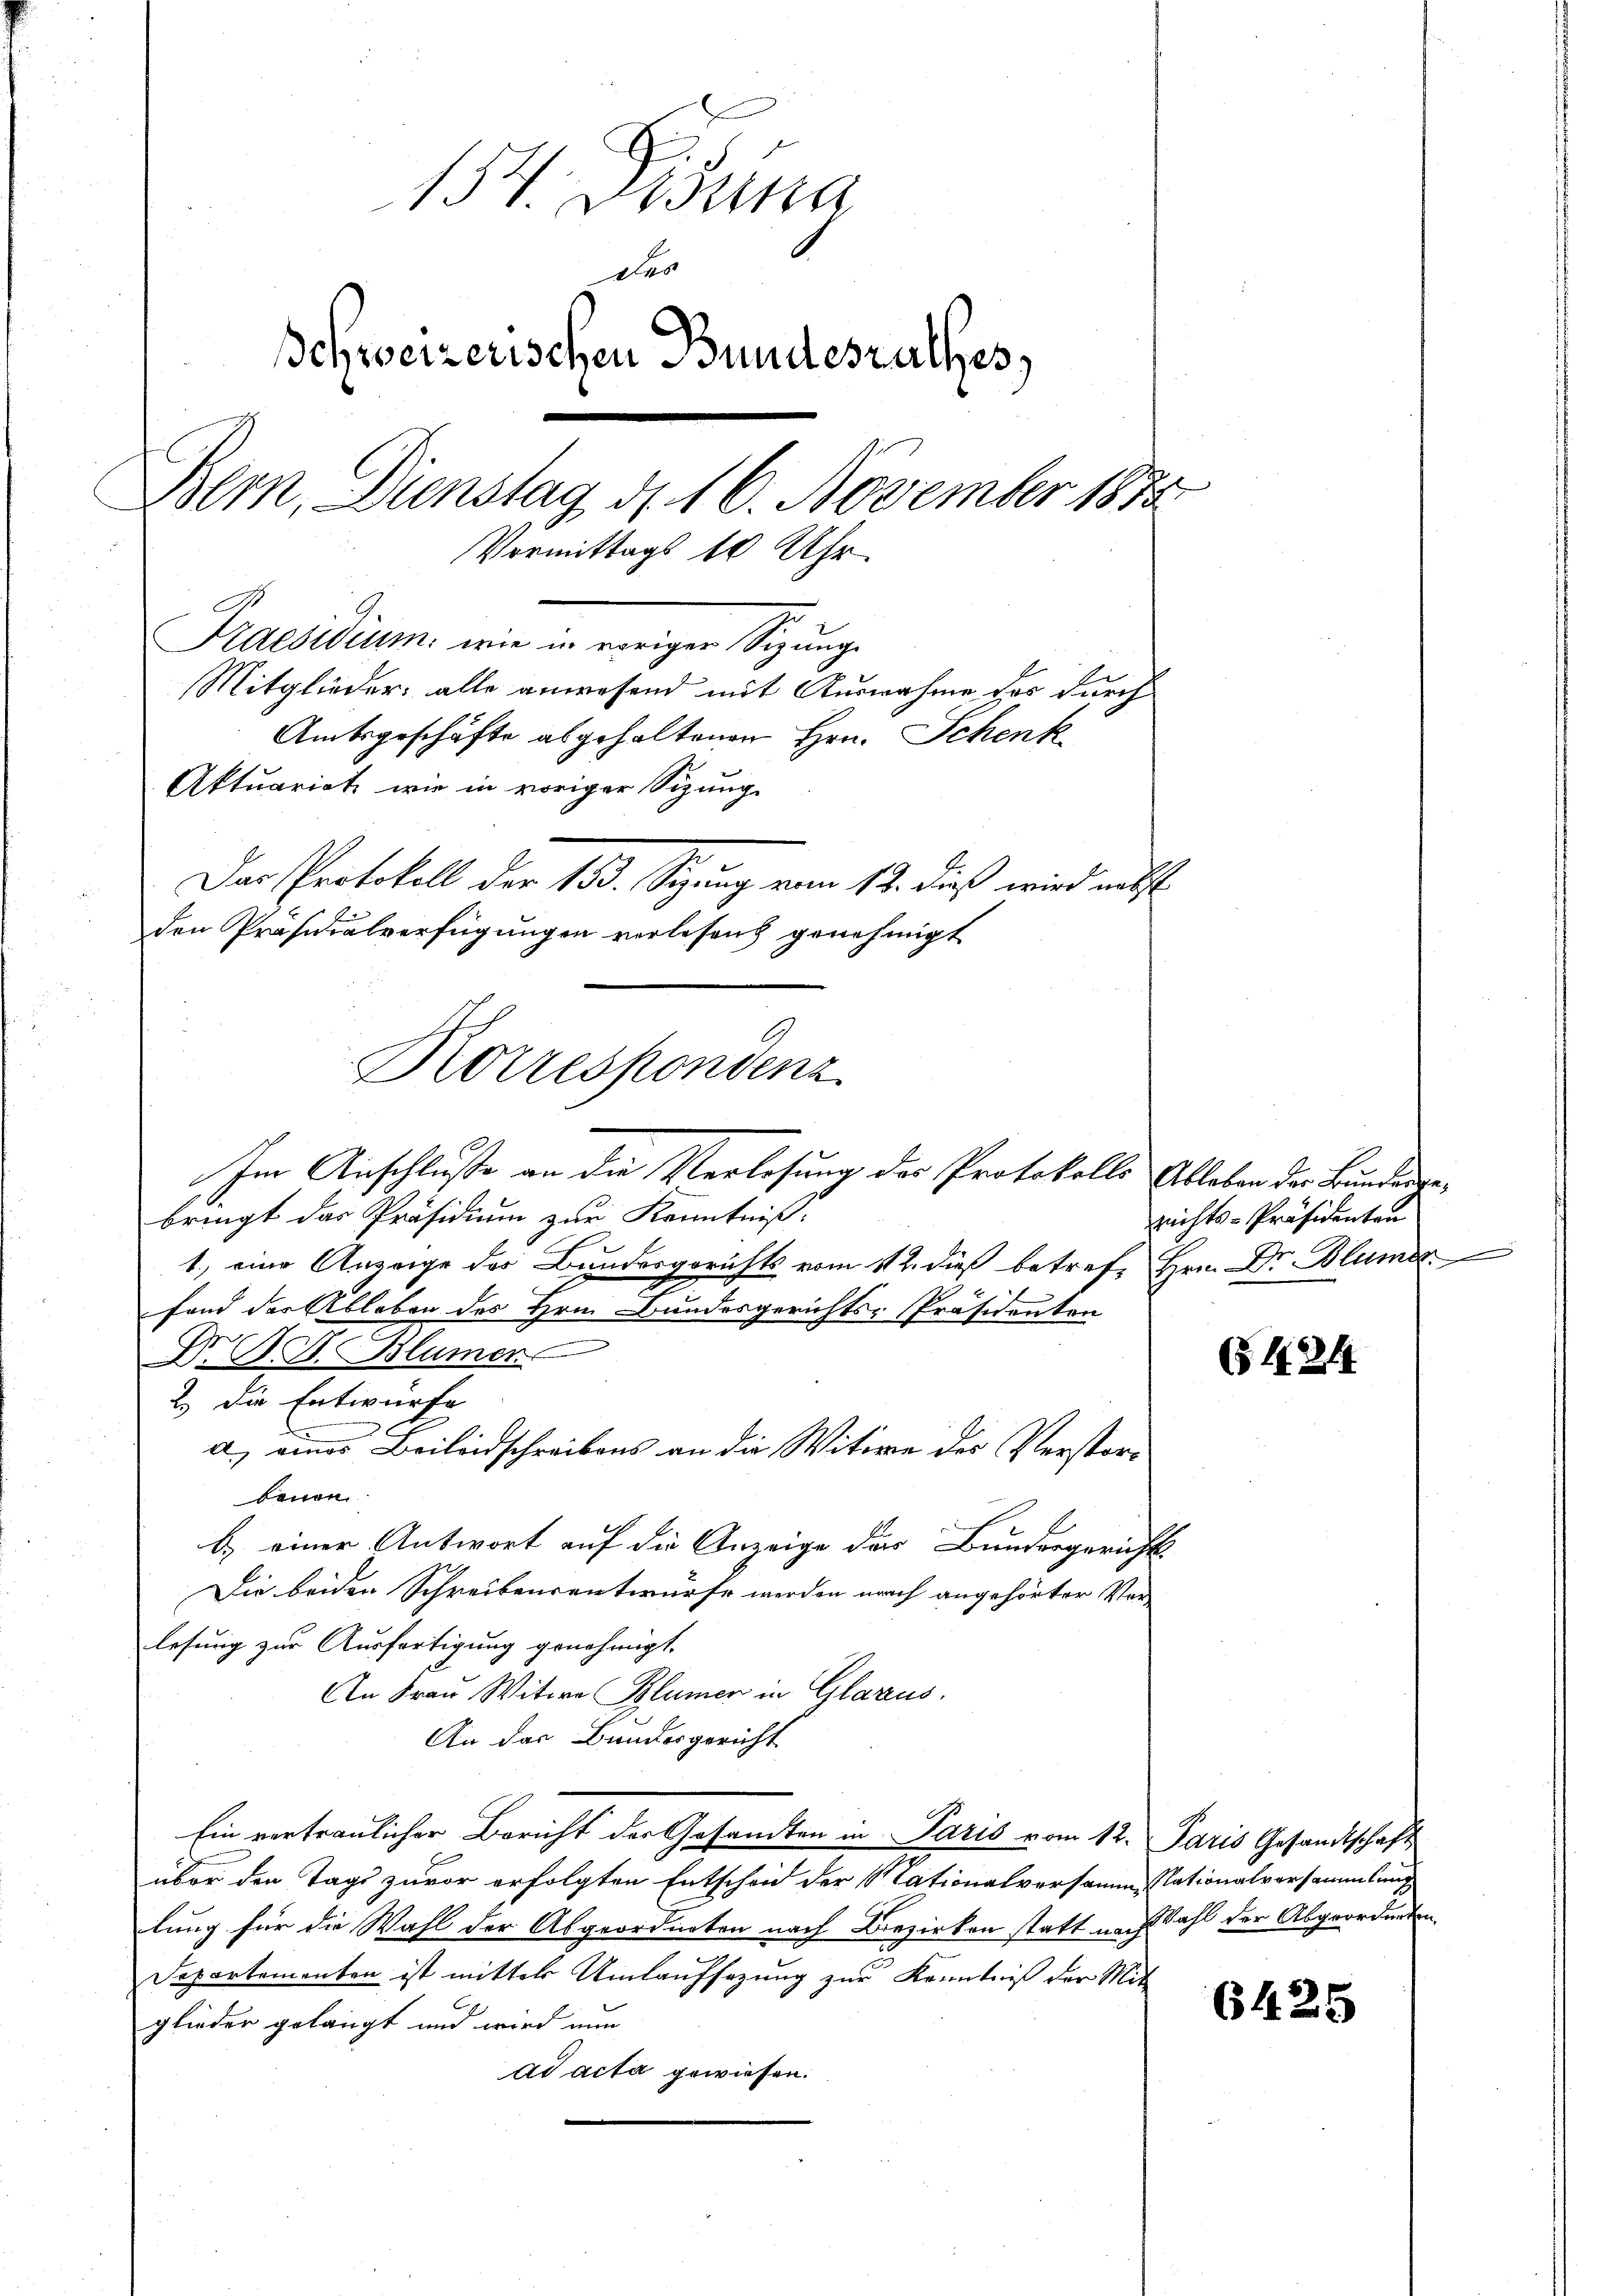
154. Desina
Des
chweizerischen Bundesrathes
Bern, Dienstag d. 16. November 1885
Vormittags 10 Uhr
Praesidium, wie in ewiger Sitzung
Mitglieder: alle anwesend mit Ausnahme des durch
Amtsgeschäfte abgehaltenen Hrn. Schenk
Aktuariat wie in voriger Sizung.
Das Protokoll der 153. Sigung vom 12. dieß wird nebst
den Präsidialverfügungen verlesend genehmigt

Korrespondenz
Im Anschluße an die Verlesung des Protokolls Ableben der Bunderge¬

bringt das Präsidium zur Kenntniß:
1.) eine Anzeige des Bundesgerichts vom 112. dieß betreff Hrn. Dr Blume
.
fand der Ableben des Hrn. Bundesgerichts-Präsidenten
Dr. B. S. Blümer
2.) Die Entwürfe
d.) eines Beileidschreibens an die Witwe des Verstorbauen.
b.) einer Antwort auf die Anzeige der Bundesgerichts-
Die beiden Schreibensentwurfe werden nach angehörter Verlesung zur Ausfertigung genehmigt.
An Frau Witwe Blümer in Glarus.
An das Bundesgericht
Ein vertraulicher Bericht der Gesandten in Paris vom 12. Paris Gesandtschaft
über den Tage zuvor erfolgten Entscheid der Nationalversammessationalvorsammlung
lung für die Wahl der Abgeordneten nach Bezirken statt nach Wahl der Abgeordneten
Departementen ist mittels Umlaufsazung zur Kenntniß der Mit
glieder gelangt und wird nun
ad acta gewiesen.

richts-Präsidenten

(5 424

6425